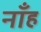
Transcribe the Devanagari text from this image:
नाँह